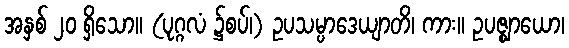
အနှစ် ၂၀ ရှိသော။ (ပုဂ္ဂလံ ၌စပ်၊) ဥပသမ္ပာဒေယျာတိ၊ ကား။ ဥပဇ္ဈာယော၊